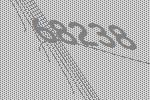
68238